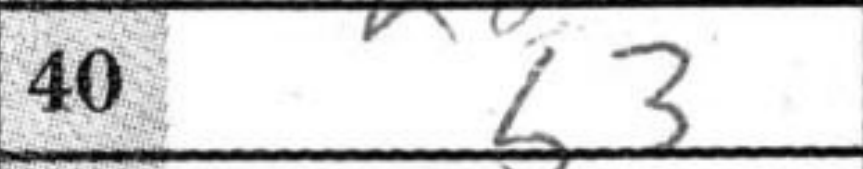
Transcription: b3